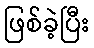
ဖြစ်ခဲ့ပြီး